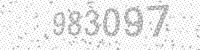
Solution: 983097